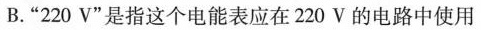
B.”220V”是指这个电能表应在220V的电路中使用